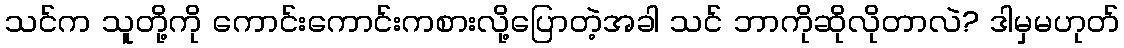
သင်က သူတို့ကို ကောင်းကောင်းကစားလို့ပြောတဲ့အခါ သင် ဘာကိုဆိုလိုတာလဲ? ဒါမှမဟုတ်